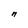
Character: n